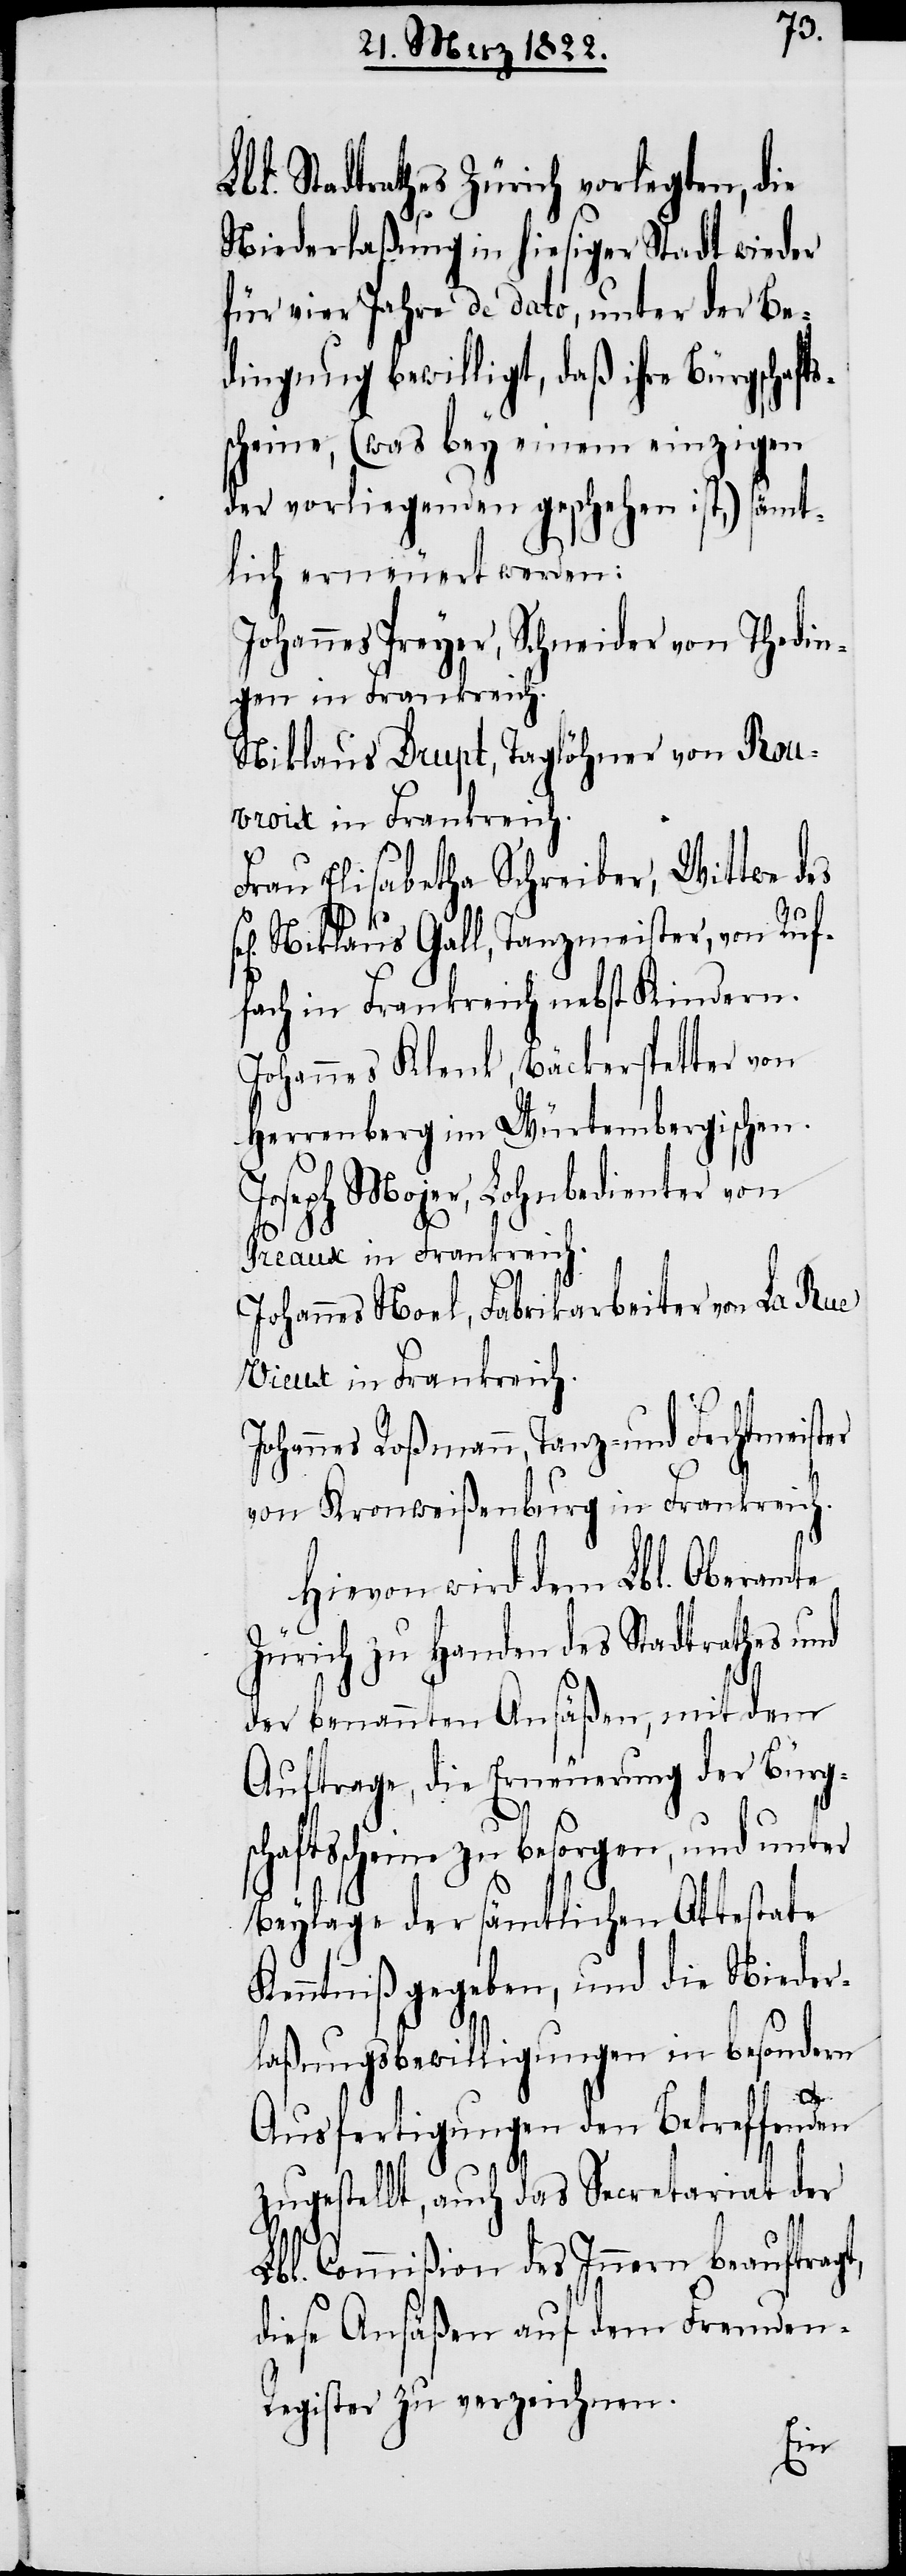
Lbl. Stadtrathes Zürich vorlegten, die
Niederlaßung in hiesiger Stadt wieder
für vier Jahre de dato, unter der Be¬
dingung bewilligt, daß ihre Bürgschafts¬
scheine, (was bey einem einzigen
der vorliegenden geschehen ist,) sämt¬
lich erneuert werden:
Johannes Preyer, Schneider von Thedin¬
gen in Frankreich.
Niklaus Drupt, Taglöhner von Rou¬
vroix in Frankreich.
Frau Elisabetha Schreiber, Wittwe des
Niklaus Gsell, Tanzmeister, von Ruf¬
fach in Frankreich nebst Kindern.
Johannes Klenk, Bäckerspetter von
Herrenberg im Würtembergischen.
Joseph Mojer, Lohnbedienter von
Preaux in Frankreich.
Johannes Noel, Fabrikarbeiter von La Rue
Vieux in Frankreich.
Johannes Roßmann, Tanz- und Fechtmeister
von Kronweißenburg in Frankreich.
Hievon wird dem Lbl. Oberamte
Zürich zu Handen des Stadtrathes und
der benannten Ansäßen, mit dem
Auftrage, die Erneuerung der Bürgs¬
ftsscheine zu besorgen, und unter
Beylage der sämtlichen Attestate
Kenntniß gegeben, und die Nieder¬
laßungsbewilligungen in besondern
cha¬
Ausfertigungen den Betreffenden
zugestellt, auch das Secretariat der
Lbl Commißion des Innern beauftragt,
diese Ansäßen auf dem Fremden-R¬
egister zu verzeichnen.